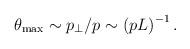
LaTeX: \begin{align*}\theta _{\max }\sim p_{\perp }/p\sim \left( pL\right) ^{-1}.\end{align*}